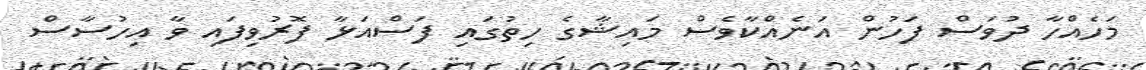
މަހެއްހާ ދުވަސް ފަހުން އަނެއްކާވެސް މައިޝާގެ ހިތުގައި ފަސްއަޅާ ފޮރުވިފައި ވާ އިހުސާސް